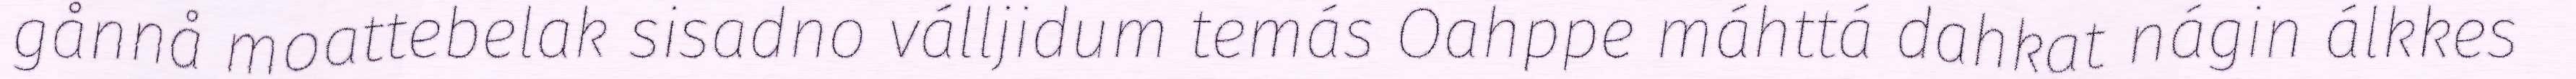
gånnå moattebelak sisadno válljidum temás Oahppe máhttá dahkat nágin álkkes